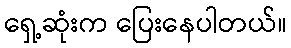
ရှေ့ဆုံးက ပြေးနေပါတယ်။